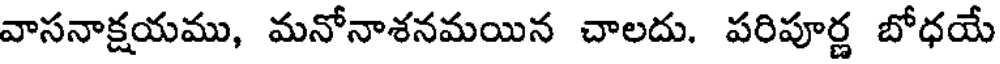
వాసనాక్షయము, మనోనాశనమయిన చాలదు. పరిపూర్ణ బోధయే